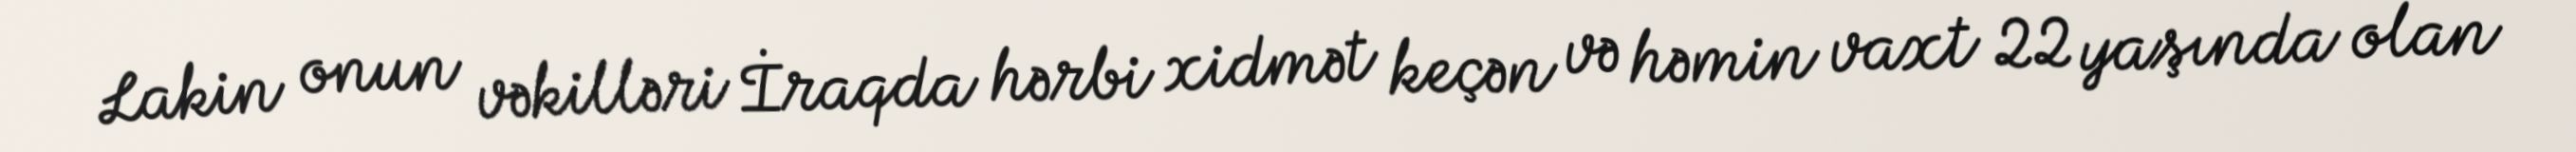
Lakin onun vəkilləri İraqda hərbi xidmət keçən və həmin vaxt 22 yaşında olan